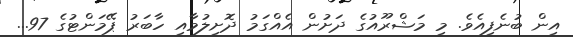
އިން ބުނެފިއެވެ. މި މަޝްރޫއުގެ ދަށުން އެއްގަމު ދޮށިލުމާއި ހާބަރު ޕޭމަންޓުގެ 97...